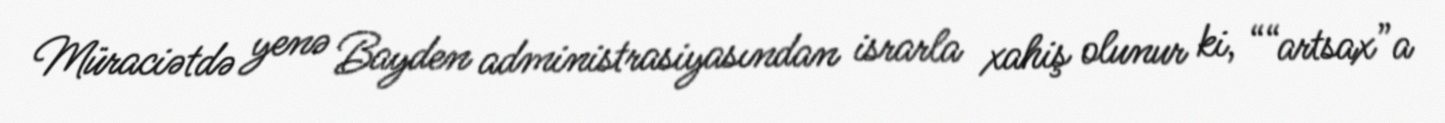
Müraciətdə yenə Bayden administrasiyasından israrla xahiş olunur ki, ““artsax”a